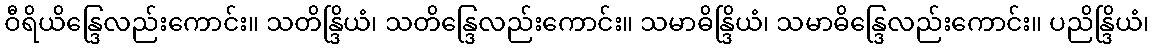
ဝီရိယိန္ဒြေလည်းကောင်း။ သတိန္ဒြိယံ၊ သတိန္ဒြေလည်းကောင်း။ သမာဓိန္ဒြိယံ၊ သမာဓိန္ဒြေလည်းကောင်း။ ပညိန္ဒြိယံ၊